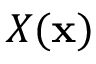
X ( { \bf x } )